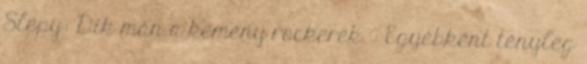
Slepy: Dik mán a kemény rockerek. : Egyébként tényleg